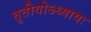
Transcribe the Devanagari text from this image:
तृतीयोऽध्यायः